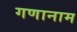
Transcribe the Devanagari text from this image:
गणानाम